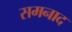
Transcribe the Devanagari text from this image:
समनाद